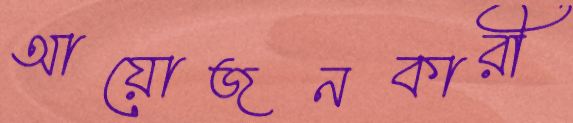
আয়োজনকারী